Rangoon Lunatic Asylum 1898-1906 - 1898-1906
Year: 1898
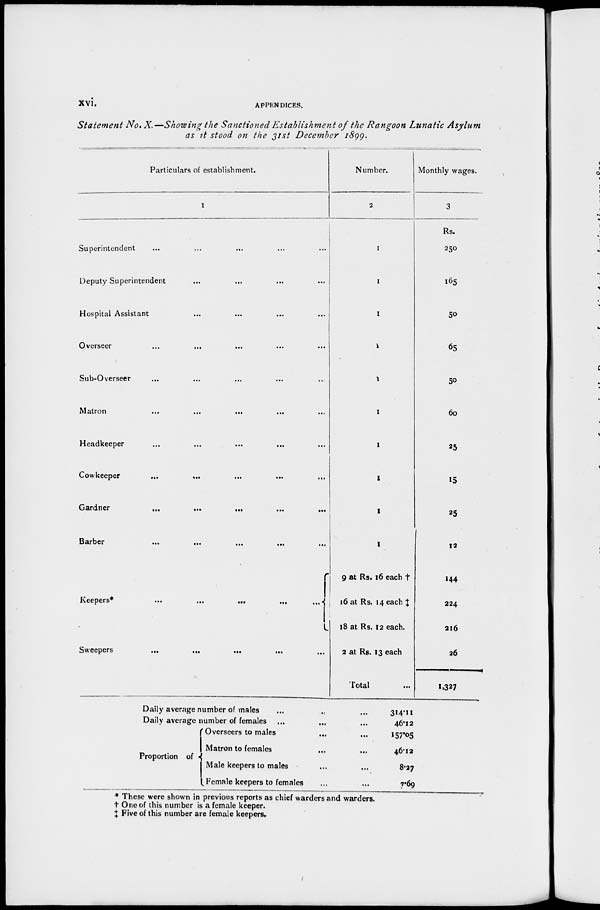
xvi.
APPENDICES.
Statement No. X—Showing the Sanctioned Establishment
of the Rangoon Lunatic
Asylum
as it stood on the 31st December
1899.
Particulars of establishment.
1
Superintendent
...
...
...
Deputy Superintendent
...
...
...
...
Hospital Assistant ... ... ... ...
Overseer ... ... ... ... ...
Sub-Overseer ... ... ... ... ...
Matron ... ... ... ... ...
Headkeeper ... ... ... ... ...
Cowkeeper
...
... ... ... ...
Gardner
...
...
...
...
...
Barber
...
...
...
...
...
Keepers*
...
...
...
...
...
Sweepers
...
...
...
...
...
Number.
2
1
1
1
1
1
1
1
1
1
1
9 at Rs. 16 each †
16 at Rs. 14 each ‡
18 at Rs. 12 each.
2 at Rs. 13 each
Total ...
Daily average number of males
Daily average number of females
Proportion of
Overseers to males
Matron to females
Male keepers to males
Female keepers to females
Monthly wages.
3
Rs.
250
165
50
65
50
60
25
15
25
12
144
224
216
26
1,327
314.11
46.12
157.05
46.12
8.27
7.69
* These were shown in previous reports as chief warders and warders.
† One of this number is a female keeper.
‡ Five of this number are female keepers..